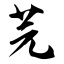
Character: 芫